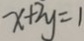
x + 2 y = 1